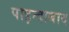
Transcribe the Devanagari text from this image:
पाइन्दाबाद